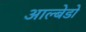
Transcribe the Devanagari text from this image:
आल्बेडो